[Report on the health of British troops in the Madras command]
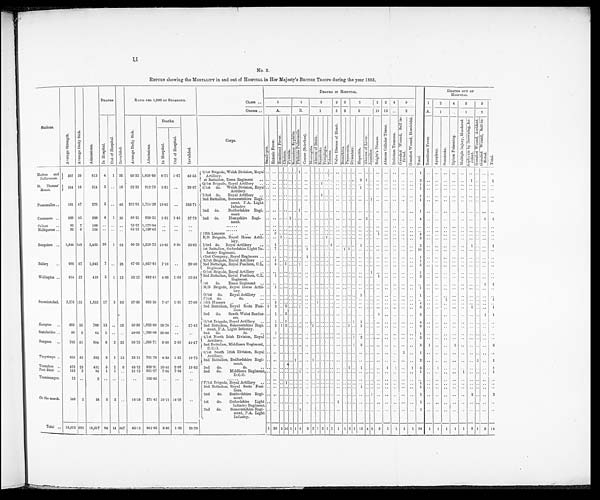
11
No. 2.
RETURN showing the MORTALITY in and out of HOSPITAL in Her Majesty's BRITISH TROOPS during the year 1883.
Stations.
A v e r a g e S t r e n g t h .
A v e r a g e D a i l y S i c k .
A d m i s s i o n s .
DEATHS.
I n v a l i d e d .
RATIO PER 1,000 OF STRENGTH.
DEATHS IN HOSPITAL.
T o t a l .
DEATHS OUT OF
HOSPITAL.
CLASS ..
1
1
2
2
2
2
2 2 4
5
1
2
4
5
5
T o t a l .
ORDER ..
A.
B.
1
5 8
9
10 13 . .
2
A.
1
. .
1
2
I n H o s p i t a l .
O u t o f H o s p i t a l .
A v e r a g e D a i l y S i c k .
A d m i s s i o n s .
Deaths.
I n v a l i d e d .
Corps.
S m a l l - p o x .
E n t e r i c F e v e r .
R e m i t t e n t F e v e r .
C h o l e r a . P y æ m i a .
S e c o n d a r y S y p h i l i s . P h t h i s i s P u l m o n a l i s .
C a n c e r ( S c i r r h u s ) .
M e n i n g i t i s .
A b s c e s s o f B r a i n .
S u n s t r o k e . P a r a p l e g i a .
T e t a n u s .
V a l u e D i s e a s e o f H e a r t .
B r o n c h i t i s .
P n e u m o n i a .
D y s e n t e r y . He p a t i t i s . A b s c e s s o f L i v e r . J a u n d i c e .
B r i g h t ' s D i s e a s e .
A b s c e s s C e l l u l a r T i s s u e .
D e l i r i u m T r e m e n s .
G u n s h o t W o u n d , S e l f i n -
f l i c t e d .
G u n s h o t W o u n d , H o m i c i d a l .
R e m i t t e n t F e v e r .
A p o p l e x y .
S u n s t r o k e .
O p i u m P o i s o n i n g .
M u l t i p l e I n j u r y , M u r d e r e d . A s p h y x i n a b y D r o w n i n g , A c - c i d e n t .
G u n s h o t W o u n d , A c c i d e n t .
G u n s h o t W o u n d , S e l f - i n - f l i c t e d .
I n H o s p i t a l .
O u t o f H o s p i t a l .
Madras and
Pallávaram.
5 9 7 39
613 4 1 26
65.33 1,026.80 6.71 1.67
43.53
( 5/1st Brigade, Welsh Division, Royal
Artillery.
. . .. .. . . . . . . 1 .. ..
. .
. . .. .. .. .. . . . . .. .. . . .. .. .. .. ..
1 ..
. .
. .
..
..
.. . . . .
. .
(st Battalion, Essex Regiment..
. .
. .
.. . . . . . . .. .. .. . . . . . . . . . . . . . . . . 2 1 . .
. .
..
. .
. .
..
3..
. . . .
. .
..
1 . .
. . 1
St. Thomas'
Mount.
3 4 4 18
314 2 .. 10
52.32 912.79 5.81 ..
29.07
(Q/lst Brigade, Royal Artillery . . .. .. .. .. . . .. .. .. .. .. 1 . . . . .. . . . . . . . . . . . . . . . .
. .
. . ..
1..
. . . .
. .
..
. . . .
. . . .
5/1st do. Welsh Division, Royal
Artillery.
.. .. .. .. .. . .
.. .. .. .. .. .. ..
. . . . . . . . 1 . . . .
. .
..
. .
. .
..
1..
. . . .
. .
..
. . . .
. . . .
Poonamallee ..
161 47
276 3 .. 46 291.92 1,714.28 18.63 ..
285.71
I/3rd do. Royal Artillery.. .. .. .. . . . . . .
.. .. .. . . 1 . . . . .. .. . . . . . . . . . . . . . .
. . . .
.. 1 ..
. . . .
. .
..
. . . .
. . . .
2nd Battalion, Somersetshire Regi-
m e n t ,
P . A . L i g h t
Infantry.
.. .. .. . .
.. .. .. .. .. .. .. .. .. .. .. .. .. .. .. 1
. . .. ..
. . .. 1 ..
. . .. .. ..
. . . . .. ..
2nd d o . B e d f o r d s h i r e R e g i -
ment.
. .
. .
.. . . . . . .
1 .. .. . . . . . . . . . . . . . . . . . . . . . .
. .
..
. .
. .
..
1..
. .
..
. .
..
. . . .
. .
. .
Cannanore.
689 45
590 4 1 26
65.31 856.31 5.81 1.45
37.73 2nd d o . H a m p s h i r e R e g i -
ment.
. .
. .
.. . . 1 . .
.. .. .. . . . . . . . . . . . . . . . . . . 3 . .
. .
..
. .
. .
..
4..
. .
..
. .
..
. . . .
. .
. .
Calicut
..
93 7
109 . . .. ..
75.27 1,172.04 . .
..
..
......
. .
. .
.. . . . . . .
.. .. .. . . . . . . . . . . . . . . . . . . . . . .
. .
..
. .
. .
..
....
. .
..
. .
. .
. . . . . . . .
Mallápuram ..
92 6
104 .. .. ..
65.22 1,130.43
. .
. .
. .
. . . . . .
. .
. .
.. . . . . . .
.. .. .. . . . . . . . . . . . . . . . . . . . . . .
. .
..
. .
. .
..
....
. .
..
. .
..
. . . .
. .
. .
Bangalore .. 1,844 148
2,452 20 1 62
80.26 1,329.72 10.85 0.54
33.62
12th Lancers ..
..
.. . .
3 .. . . . . . .
.. .. .. . . . . . . . . . . . . . . . . . . . . . . 1
. .
. .
. . .. 4 ..
. . ..
. . . .
. . . . . . ..
E /B Brigade, Royal Horse Artil-
lery.
.. .. 1 .. .. .. .. .. .. .. .. 1 ..
. . .. .. . . . . . . . . . .
. .
. .
. .
. .
2 ..
. .
. .
. .
. .
. . . . . . . .
I/3rd do. Royal Artillery
.. ..
1 .. . . . . . .
.. .. .. . . . . . . 1
. . . . . . . . 1 . . . .
. .
..
. .
. .
..
3..
. .
..
. .
..
1 . . . .
1
1st Battalion, Oxfordshire Light In-
fantry Regiment.
.. 7 .. .. .. .. - 1 .. .. .. .. .. .. 1 i 1 .. .. .. .. .. .. .. .. .. 10
42nd Company, Royal Engineers .. .. .. .. . . .. .. .. 1 .. . . .. .. .. • .. .. .. .. .. .. .. .. .. .. ..
.. 1 .. .. .. ..
.. .. .. ..
. .
Bellary
. .
986 67
1,043 7 .. 28 67.95 1,057.81 7.10 ..
28.40
R/1st Brigade, Royal Artillery .. .. 1 .. .. . . .. .. .. .. . . . . . . . . .. . . . . . . . . . . . . . .
. .
. .
. . ..
1..
. .
..
. .
..
. . .. .. ..
2nd Battalion, Royal Fusiliers, C.L.
Regiment.
.. 4 .. 1 .. .. 1 .. .. .. .. .. .. .. . . .. .. .. . . . . .. .. .. ..
.. 6 ..
. .
. .
. .
. .
. . . . . . . .
Wellington ..
614 32
419 3 1 12
52.12 682.41 4.88 1.63
19.54
0/1stBrigade, Royal Artillery .. .. .. .. .. . . .. .. .. .. .. .. .. .. .. .. .. .. .. .. 1 .. .. .. .. ..
1 .. .. .. .. .. .. .. .. ..
2nd Battalion, Royal Fusiliers, C.L. .. 1 .. .. .. . . ..
. . .. .. .. .. .. .. .. .. . . .. . .
..
1 .. .. .. ..
2 .. ..
.. .. .. .. .. .. ..
1st
do. Essex Regiment ..
.. .. .. . . . . .. .. .. .. . . . . . . . . . . . . . . . . . . . . . .
. .
..
. .
. .
..
....
. . ..
. . ..
. . . . 1 1
Secunderabad.
2,276 131
1,833 17 3 63
57.56 805.36 7.47 1.31
27.68
M/B Brigade, Royal Horse Artil.
ler y.
.. 1 .. .. . . .. ..
. . . . . . . . . . . . . . . . . . ..
. . .. . . . . ..
. .
. . .. 1 ..
. . .. .. .. .. .. .. ..
0/1st do. Royal Artillery .. .. .. .. .. . . . . .. .. .. .. .. .. .. .. .. .. .. 1 .. .. .. ..
.. ..
..
1 ..
. . ..
. . .. .. . . . . ..
P/lst do.
do.
. . . . . . .. . . . . . . ..
. . .. .. .. .. .. . . . . . . . . . . . . . .
. .
. .
. .
. .
. .
. .
..
. .
1
. .
..
. . . .
. .
. .
14th Hussars ..
..
. .
3 .. . . . . . .
.. .. .. 1 . . . . . . . . . . . . . . . . . . . .
. .
..
. .
. .
. . 4 ..
. . ..
. . ..
. . . . . . . .
2nd Battalion, Royal Scots Fusi-
l i e r s .
1 2 .. 2 .. .. 1 .. .. .. .. .. . . . .
. . . . . . . . . . . . . .
. .
. .
. . . .
6..
. .
..
. .
..
1 . .
. .
1
2nd do.
South Wales Border-
ers.
.. 1 .. 3 .. . .
.. .. .. .. .. .. .. .. .. .. ..
. . . .
..
1
.. ..
.. ..
5
..
. .
. .
. .
. .
. . . . 1
1
Kamptee
. .
693 35
709 13 .. 19
50.50 1,023.09 18.76 ..
27.49
O/1st Brigade, Royal Artillery .. .. 1 .. 1 .. . .
.. .. .. . . . . . . . . . . . . . . 1
1 . . . .
. .
..
. .
. .
..
4..
.. .. . .
. . .. .. .. ..
2nd Battalion, Somersetshire Regi-
ment, P.A. Light Infantry.
.. 3 1 2 . . .. .. .. 1 .. .. .. .. .. .. 1 .. 1 . . .. .. .. . .
. . . .
9 ..
. . .. ..
.. .. .. ..
. .
Seetabuldee ..
50 2
64 1 .. ..
40.00 1,280.00 20.00 ..
..
2nd do.
do.
. .
1 .. . . . . . .
.. .. .. . . . . . . . . . . . . . . . . . . . . . .
. .
..
. .
. .
..
1..
..
.. .. .. .. .. .. ..
Rangoon ..
742 51
954 6 2 33
68.73 1,285.71 8.09 2.69
44.47
4/1st North Irish Division, Royal
Artillery.
. .
. . .. . . . . . .
.. .. .. . . . . . . . . . . . . . . 1
2 . . . .
. .
..
. .
. .
..
3
.. .. .. .. .. .. .. ..
2nd Battalion, Middlesex Regiment,
D.C.O.
.. .. .. .. .. .. .. .. .. . . .. .. .. .. .. .. 1 2 .. .. .. ..
. . ..
.. 3 1 ..
.. 1 .. .. .. ..
2
Thayetmyo ..
659 35
502 3 1 13
53.11 761.76 4.55 1.52
19.72
6/1st South Irish Division, Royal
Artillery.
..
. . .. . . .. .. ..
. . .. . . .. .. .. .. .. . . . . . . . . . . .
. . ..
. .
1
. .
1
. . . .
. .
. .
. .
. . .. ..
. .
2nd Battalion, Bedfordshire Regi-
ment.
. .
. . .. . . . . 1 ..
. . 1 .. . . .. .. . . . . . . . . .. . . .. .. .. .. .. ..
2
. .
. .
. .
. .
..
. . . .
. .
. .
Tounghoo ..
478 23
4
01 5 1 9
48.12 838.91 10.46 2.09
18.83 2nd
do.
do.
. . . . . . .. . . . . . . . .
. . .. . . . . . . . . . . . . 1 . . 1 .. .. ..
1
1 ..
1 5
. . 1 .. .. .. .. ..
. . 1
Port Blair ..
142 3
94 1
1 ..
21.12 661.97 7.04 7.04
..
2nd do.
Middlesex Regiment,
D.C.O.
.. .. .. .. .. .. 1 .. .. . . . . . . . . . . . . . . . . . . . . . . . .
. .
. . . .
. .
1 . .
. .
. .
. . 1
. . .. ..
1
Thandoungee.
12
. .
2
. .
. .
..
. . 166.66
. .
. .
. .
......
. .
. .
.. . . . . . . . .
.. .. . . . . . . . . . . . . . . . . . . . . . .
. .
. . . .
. .
. . .. . .
. .
. .
. .
. .
. . . . . .
. .
On the march.
140
2
38 5 2 ..
1 4 . 2 8
271.42 35.72 14.28
. .
P/1 st Brigade, Royal Artillery .. .. .. .. 1 .. , .. .. .. .. .. .. . .
. . .. .. . . . . .. .. .. .. .. .. .. .. ..
1 .. .. .. .. .. .. .. .. ..
2nd Battalion, Royal
Scots Fusi-
liers.
. .
. .
.. . . . . . .
.. .. .. . . . . . . . . . . . . . . . . 1 . . . .
. .
..
. .
. .
. . 1
. .
. .
..
. .
..
. . . .
. .
. .
2nd
do. Bedfordshire Regi-
ment.
. .
. .
.. . . . . . .
.. .. .. . . . . . . . . . . . . . . . . . . . . 1
. .
..
. .
. .
. . 1
. .
. .
..
. .
..
. . . .
. .
. .
1st
do.
Oxfordshire Light
Infantry Regiment.
.. .. .. .. . . .. ..
. . .. .. .. ..
1
. . . . . . . . . . . .
. .
..
. .
. .
. . 1
. .
. .
..
. .
..
.. .. .. ..
2nd do.
Somersetshire Regi-
ment, P.A. Light
infantry.
..
. . .. . . . . . . 1
. . .. . . .. .. .. .. . . . . .. . .
. .
. .
. .
. . ..
. .
..
1
. .
..
..
. .
. .
. . .. . .
. .
T o t a l . . 10,612 691 10,517 94 14 347
65.11 991.05 8.86 1.32
32.70
1 29 2 10 1 1 6 2 2 1 2 1 1
1
1 3
3 13 4 3 3 1
1 1 1 94 1
1 1
1 1 5 1 3 14